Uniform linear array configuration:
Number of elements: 12
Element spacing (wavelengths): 1
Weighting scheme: hamming
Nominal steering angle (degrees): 60
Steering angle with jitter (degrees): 60.912
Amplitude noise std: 0.05
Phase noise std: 0.05

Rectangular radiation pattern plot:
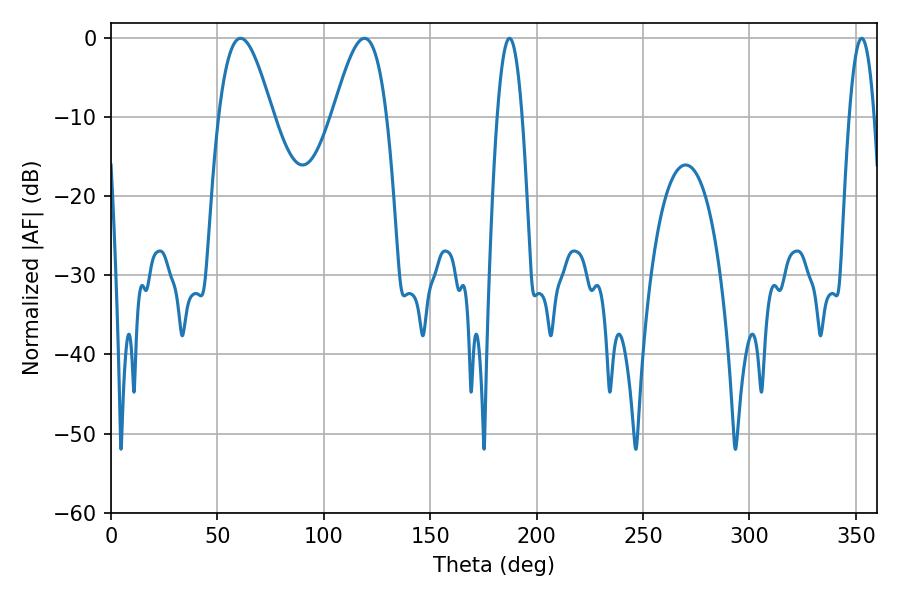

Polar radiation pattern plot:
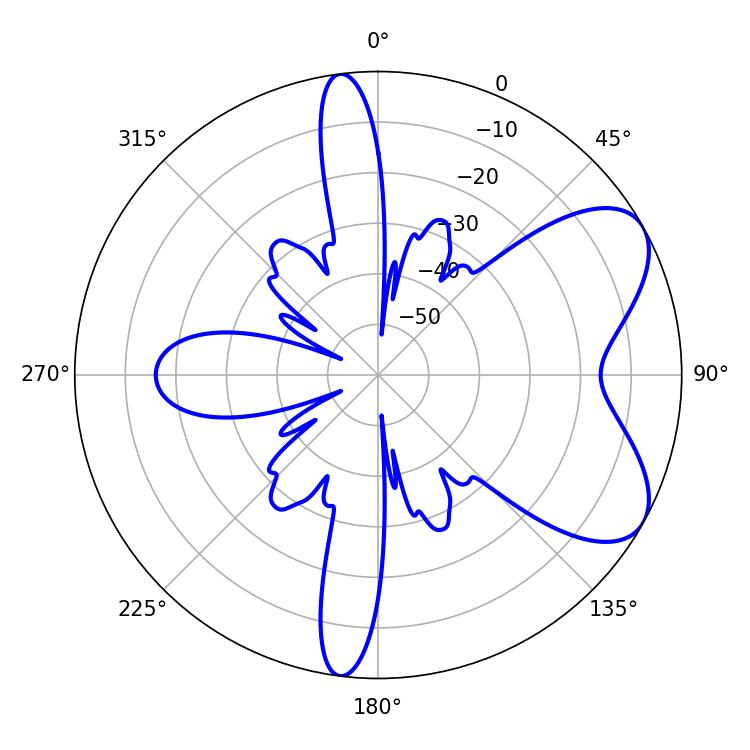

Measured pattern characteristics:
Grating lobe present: TRUE
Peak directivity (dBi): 6.649
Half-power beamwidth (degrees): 13.5
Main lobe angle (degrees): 60.84